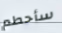
سأحطم